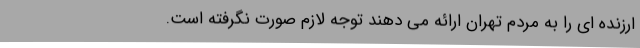
ارزنده ای را به مردم تهران ارائه می دهند توجه لازم صورت نگرفته است.